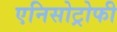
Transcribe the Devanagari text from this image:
एनिसोट्रोफी